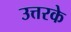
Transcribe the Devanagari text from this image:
उत्तरके